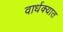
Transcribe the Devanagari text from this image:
वार्धक्यात